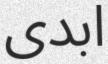
ابدى